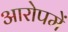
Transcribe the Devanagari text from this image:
आरोपमें